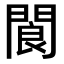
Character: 閬